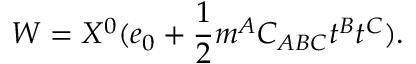
W = X ^ { 0 } ( e _ { 0 } + { \frac { 1 } { 2 } } m ^ { A } C _ { A B C } t ^ { B } t ^ { C } ) .